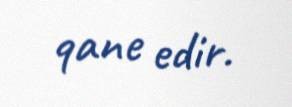
qane edir.